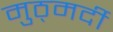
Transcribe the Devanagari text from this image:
मुठ्मर्दी